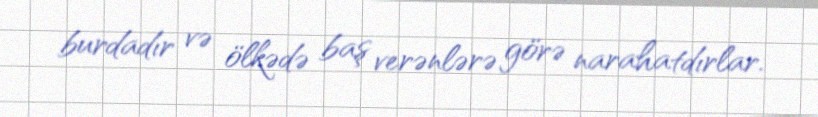
burdadır və ölkədə baş verənlərə görə narahatdırlar.